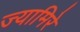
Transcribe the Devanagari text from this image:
ज्यामिरे